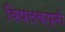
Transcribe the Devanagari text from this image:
विषलक्ष्मी